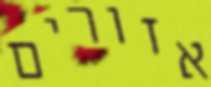
אזורים